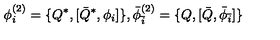
\phi _ { i } ^ { ( 2 ) } = \{ Q ^ { * } , [ { \bar { Q } } ^ { * } , \phi _ { i } ] \} , { \bar { \phi } } _ { \bar { i } } ^ { ( 2 ) } = \{ Q , [ { \bar { Q } } , { \bar { \phi } } _ { \bar { i } } ] \}